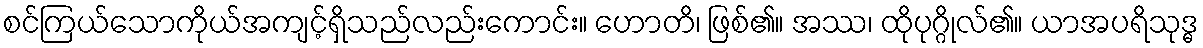
စင်ကြယ်သောကိုယ်အကျင့်ရှိသည်လည်းကောင်း။ ဟောတိ၊ ဖြစ်၏။ အဿ၊ ထိုပုဂ္ဂိုလ်၏။ ယာအပရိသုဒ္ဓ